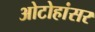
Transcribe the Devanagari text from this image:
ओटोहांसर